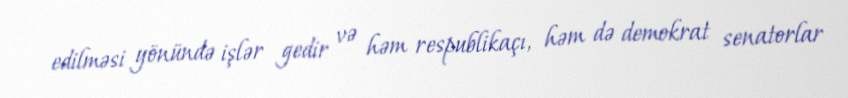
edilməsi yönündə işlər gedir və həm respublikaçı, həm də demokrat senatorlar